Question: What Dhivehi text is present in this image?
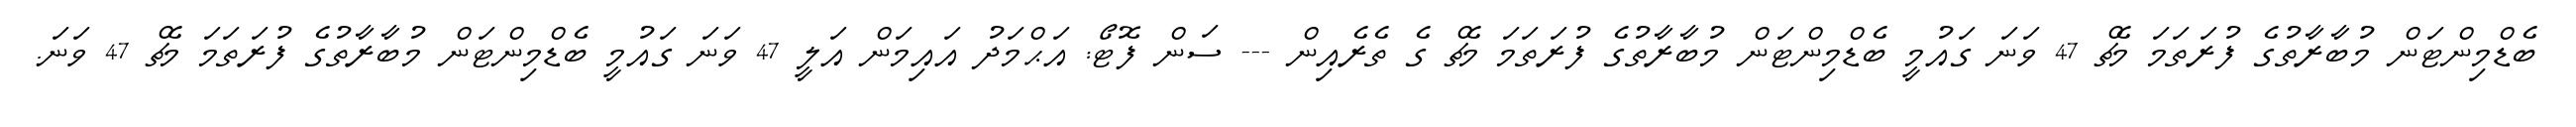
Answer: ބެޑްމިންޓަން މުބާރާތުގެ ފުރަތަމަ މެޗް 47 ވަނަ ގައުމީ ބެޑްމިންޓަން މުބާރާތުގެ ފުރަތަމަ މެޗް ގެ ތެރެއިން --- ސަން ފޮޓޯ: އަޙްމަދު އައިމަން އަލީ 47 ވަނަ ގައުމީ ބެޑްމިންޓަން މުބާރާތުގެ ފުރަތަމަ މެޗް 47 ވަނަ.